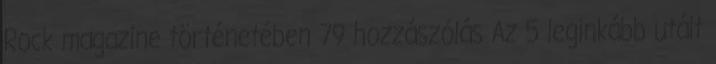
Rock magazine történetében 79 hozzászólás Az 5 leginkább utált